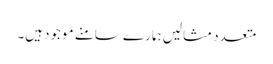
متعدد مثالیں ہمارے سامنے موجودہیں۔